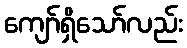
ကျော်ရှိသော်လည်း